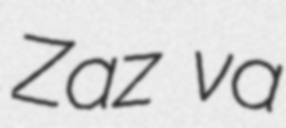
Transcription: Zaz va